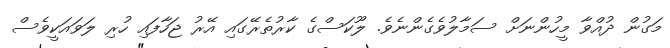
މަގުން ދުއްވާ މީހުންނަށް ސަމާލުވެގެންނެވެ. ލޫކަސްގެ ކާރުތެރޭގައި އޭރު ޖަހާފައި ހުރި ލަވައަކީވެސް